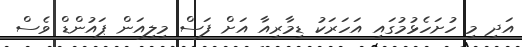
އަދި މި ހުށަހެޅުމުގައި އަހަރަކު ޑިމާރިއާ އަށް ފަސް މިލިއަން ޕައުންޑް ވެސް